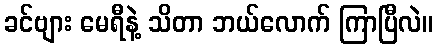
ခင်ဗျား မေရီနဲ့ သိတာ ဘယ်လောက် ကြာပြီလဲ။